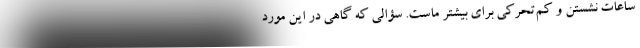
ساعات نشستن و کم‌تحرکی برای بیشتر ماست. سؤالی که گاهی در این مورد